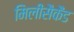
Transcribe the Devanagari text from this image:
मिलीसैकैंड